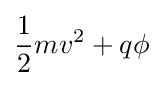
{\frac {1}{2}}mv^{2}+q\phi